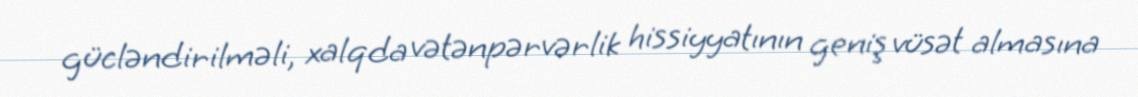
gücləndirilməli, xalqda vətənpərvərlik hissiyyatının geniş vüsət almasına